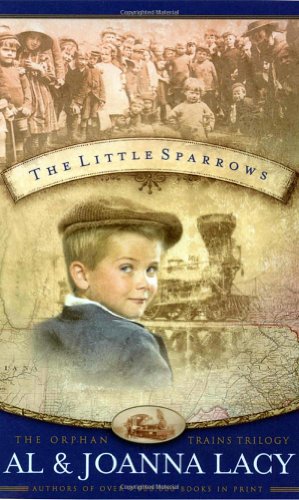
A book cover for The Little Sparrows (Orphan Trains Trilogy, Book 1); Al Lacy; Religion & Spirituality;